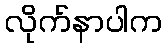
လိုက်နာပါက